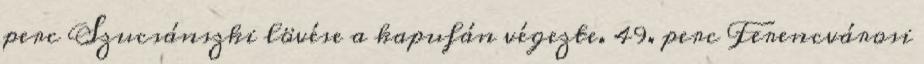
perc Szucsánszki lövése a kapufán végezte. 49. perc Ferencvárosi